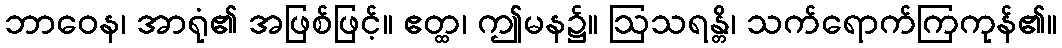
ဘာဝေန၊ အာရုံ၏ အဖြစ်ဖြင့်။ ဧတ္ထ၊ ဤမန၌။ ဩသရန္တိ၊ သက်ရောက်ကြကုန်၏။